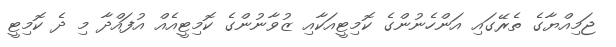
ޖަމިއްޔާގެ ތެރޭގައި އަންހެނުންގެ ކޮމިޓީއަކާއި ޒުވާނުންގެ ކޮމިޓީއެއް އުފައްދާ މި ދެ ކޮމިޓީ